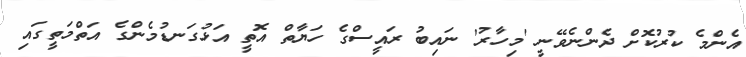
އެންމެ ކުރުކޮށް ދެންނެވޭނީ 'މިހާރު' ނައިބު ރައީސްގެ ހަޔާތް އޮތީ އަޅުގަނޑުމެންގެ އަތްމަތީގައި